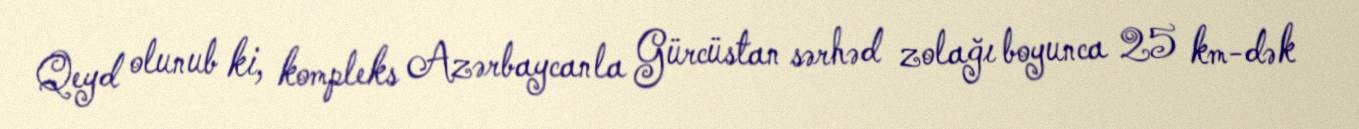
Qeyd olunub ki, kompleks Azərbaycanla Gürcüstan sərhəd zolağı boyunca 25 km-dək